Indian journal of veterinary science and animal husbandry - Volumes 26-27, 1956-1957
Year: 1956
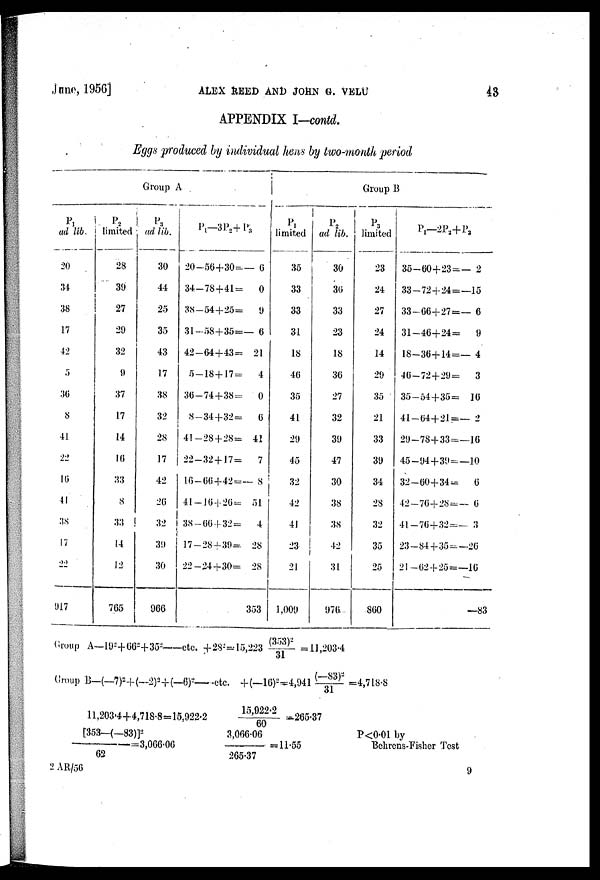
June, 1956]
ALEX REED AND JOHN G. VELU
43
APPENDIX I-contd.
Eggs produced by individual hens by two-month period
Group A.
P 1
ad lib.
20
34
38
17
42
5
36
8
41
22
16
41
38
17
22
917
P 2
limited
28
39
27
29
32
9
37
17
14
16
33
8
33
14
12
765
P 3
ad lib.
30
44
25
35
43
17
38
32
28
17
42
20
32
39
30
966
P 1 —3P 2 + P 3
20—56+30— 0
34—78+41 =
0
38—54+25=
9
31—58+35=— 6
42—64+43= 21
5—18 + 17=
4
30—74+38=
0
8—34+32=
0
41—28 + 28= 41
22—32 + 17=
7
16—66+42=— 8
41—16 + 26= 51
38—66+32=
4
17—28 + 39= 28
22—24 + 30= 28
353
Group B
P 1
limited
35
33
33
31
18
46
35
41
29
45
32
42
41
23
21
1,009
P 2
ad lib.
36
36
33
23
18
30
27
32
39
47
30
38
38
42
31
970
P 3
limited
23
24
27
24
14
29
35
21
33
39
34
28
32
35
25
800
P 1 —2P 2 + P 3
35—00+23=— 2
33—72 + 24=—15
33—66+27=— 6
31—40+24=
9
18—36+14=— 4
40—72 + 29=
3
35—54 + 35= 16
41—04+21=— 2
29—78 + 33=—16
45—94 + 39=—10
32—00+34=
6
42—76+28=— 0
41—76+32=—3
23—84 + 35 = —26
21—62 + 25=—16
—83
Group A—19 2 +66 2 +35 2 ——etc. + 28 2 =15,223 (353) 2 /31 =11,203.4
Group B—(—7) 2 +(—2) 2 +(—6) 2 ——etc. + (—16) 2 =4,941 (—83) 2 /31 =4,718.8
11,203.4+4,7l8.8= 15,922.2 15,922.2/60 = 265.37
[353—(—83)] 2 /62
=
3,066.06
=
3,066.06/265.37
=11.55 P<0.01 by Behrens-Fish
2 AR/56
9